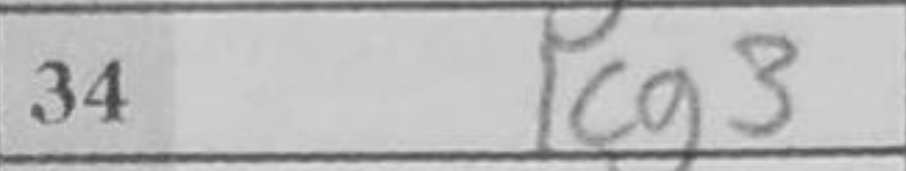
Transcription: Kg3